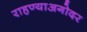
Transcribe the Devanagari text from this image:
राहण्याअगोदर